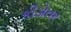
કીડોતર